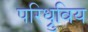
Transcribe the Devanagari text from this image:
परिध्रुविय